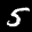
Label: 5